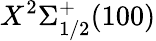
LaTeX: X^{2}\Sigma_{1/2}^{+}(100)